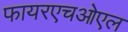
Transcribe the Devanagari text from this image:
फायरएचओएल